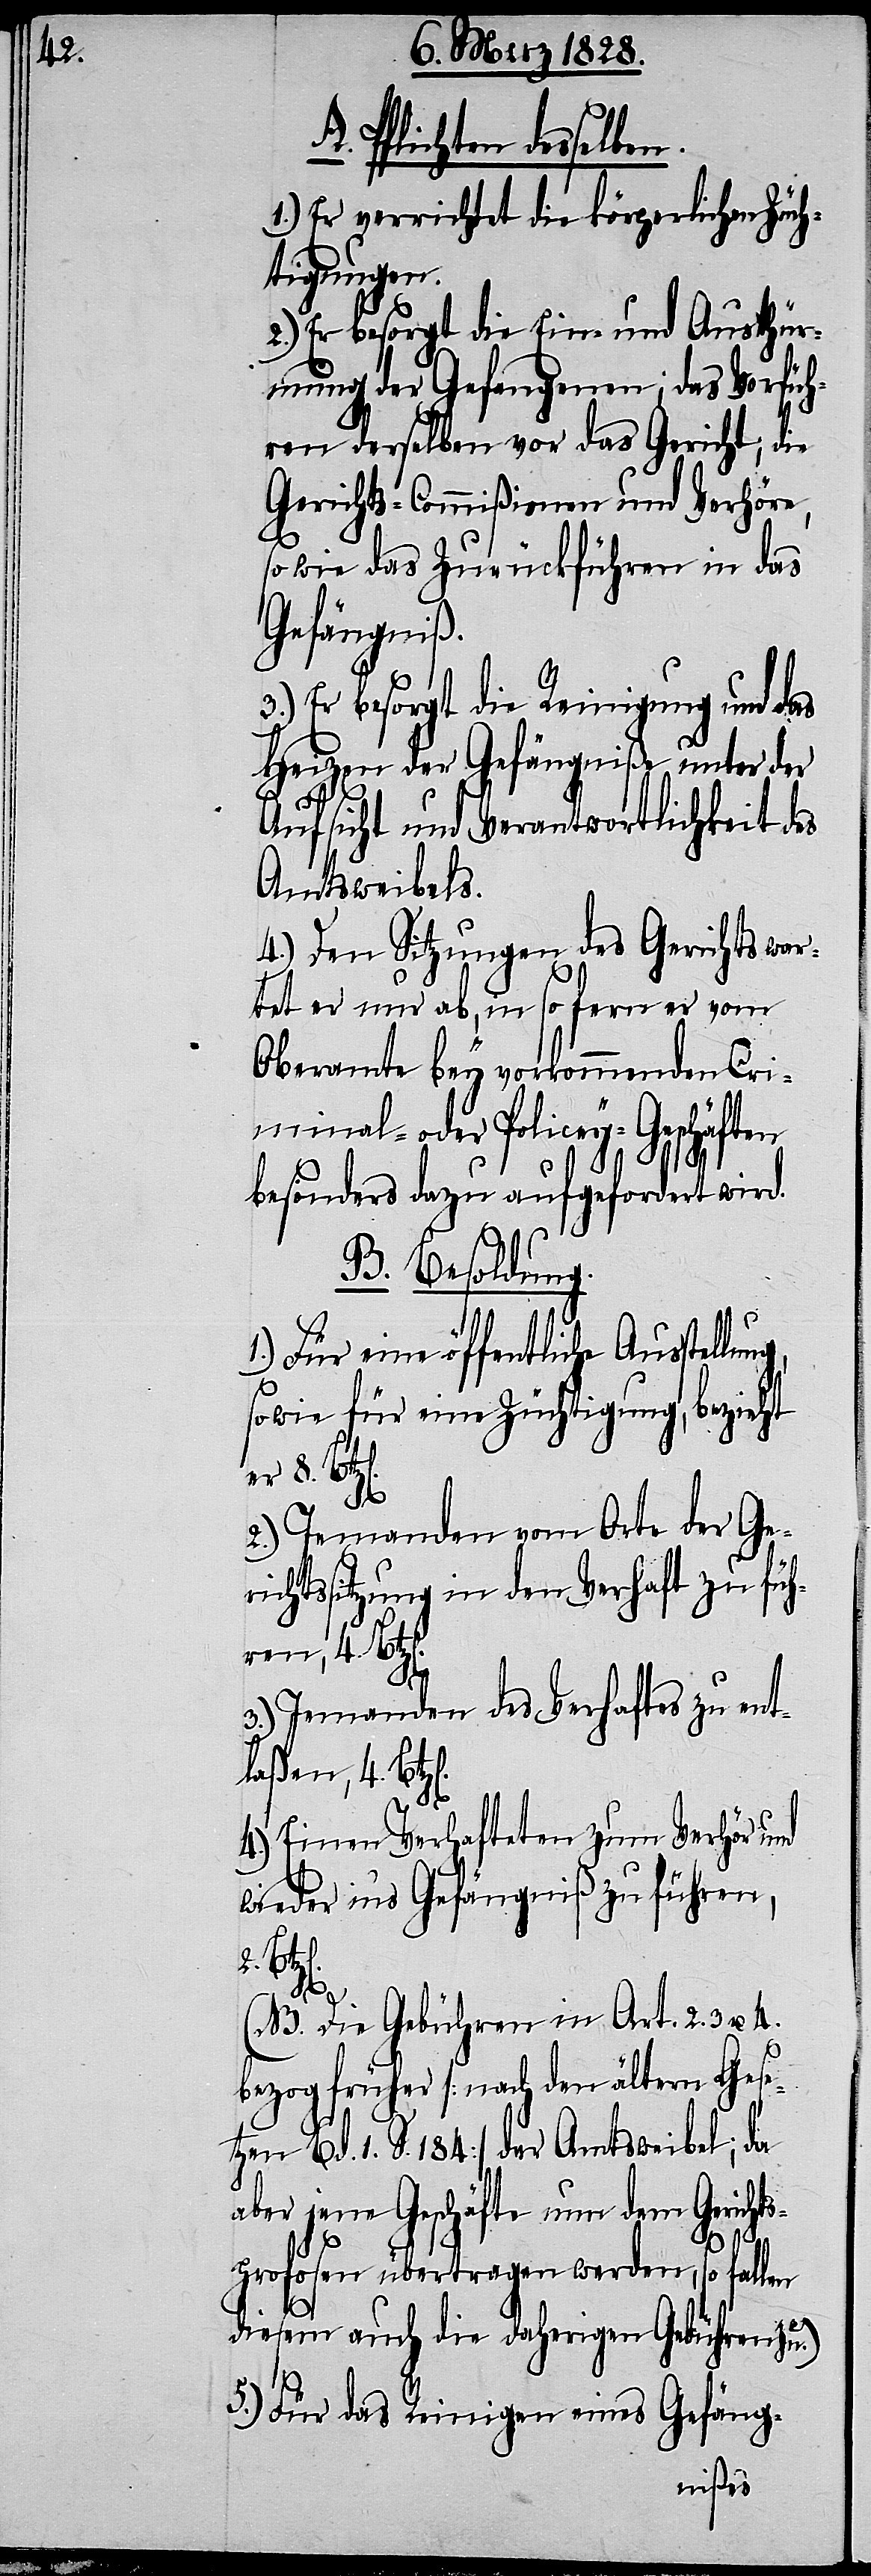
A. Pflichten desselben.
1.) Er verrichtet die körperlichen Züch¬
tigungen.
2.) Er besorgt die Ein- und Austhür¬
mung der Gefangenen; das Vorfüh¬
ren derselben vor das Gericht; die
Gerichts-Commißionen und Verhöre,
so wie das Zurückführen in das
Gefängniß.
3.) Er besorgt die Reinigung und das
Heizen der Gefängniße unter der
2.
Aufsicht und Verantwortlichkeit des
Amtsweibels.
4.) Den Sitzungen des Gerichts war¬
tet er nur ab, in so fern er vom
Oberamte bey vorkommenden Cri¬
minal- oder Policey-Geschäften
besonders dazu aufgefordert wird.
B. Besoldung.
1.) Für eine öffentliche Ausstel¬
so wie für eine Züchtigung, bezieht
er 8. Bt¬
4.
2.) Jemanden vom Orte der Ger¬
ichtssitzung in den Verhaft zu füh¬
ren, 4. Btz[e¬
3.) Jemanden des Verhaftes zu ent¬
laßen, 4. Bt¬
4.) Einen Verhafteten zum Verhör und
wieder in‘s Gefängniß zu führen,
(NB. Die Gebühren in Art. 2. 3. u.
bezog früher [nach den ältern Gese¬
tzen Bd. 1. S. 184] der Amtsweibel; da
aber jene Geschäfte nun dem Gerichts¬
profosen übertragen werden, so fallen
diesem auch die daherigen Gebühren zu.)
5.) Für das Reinigen eines Gefäng-